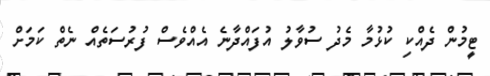
ޓީމުން ދެއްކި ކުޅުމާ މެދު ސުވާލު އުފައްދާނެ އެއްވެސް ފުރުސަތެއް ނެތް ކަމަށް